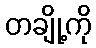
တချို့ကို